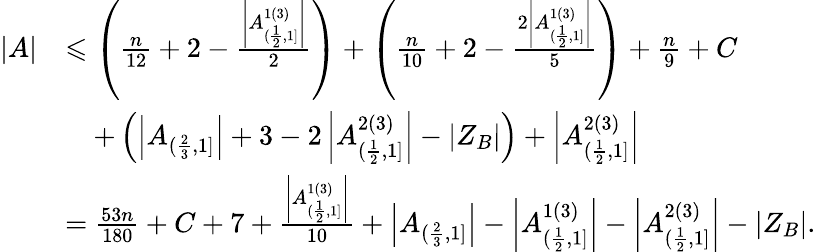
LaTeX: \begin{array}{rl}{|A|}&{\leqslant\left(\frac{n}{12}+2-\frac{\left|A_{(\frac{1}{2},1]}^{1(3)}\right|}{2}\right)+\left(\frac{n}{10}+2-\frac{2\left|A_{(\frac{1}{2},1]}^{1(3)}\right|}{5}\right)+\frac{n}{9}+C}\\ &{\, \, \, \, \, \, +\left(\left|A_{(\frac{2}{3},1]}\right|+3-2\left|A_{(\frac{1}{2},1]}^{2(3)}\right|-\left|Z_{B}\right|\right)+\left|A_{(\frac{1}{2},1]}^{2(3)}\right|}\\ &{=\frac{53n}{180}+C+7+\frac{\left|A_{(\frac{1}{2},1]}^{1(3)}\right|}{10}+\left|A_{(\frac{2}{3},1]}\right|-\left|A_{(\frac{1}{2},1]}^{1(3)}\right|-\left|A_{(\frac{1}{2},1]}^{2(3)}\right|-\left|Z_{B}\right|.}\end{array}